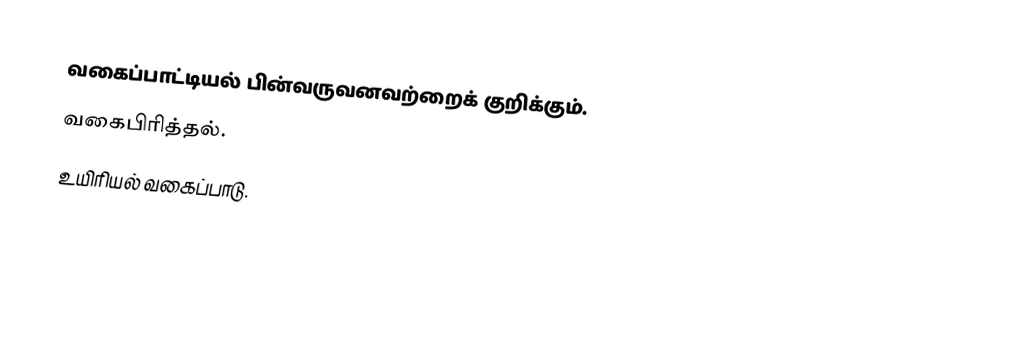
வகைப்பாட்டியல் பின்வருவனவற்றைக் குறிக்கும்.
 வகைபிரித்தல்.
 உயிரியல் வகைப்பாடு.